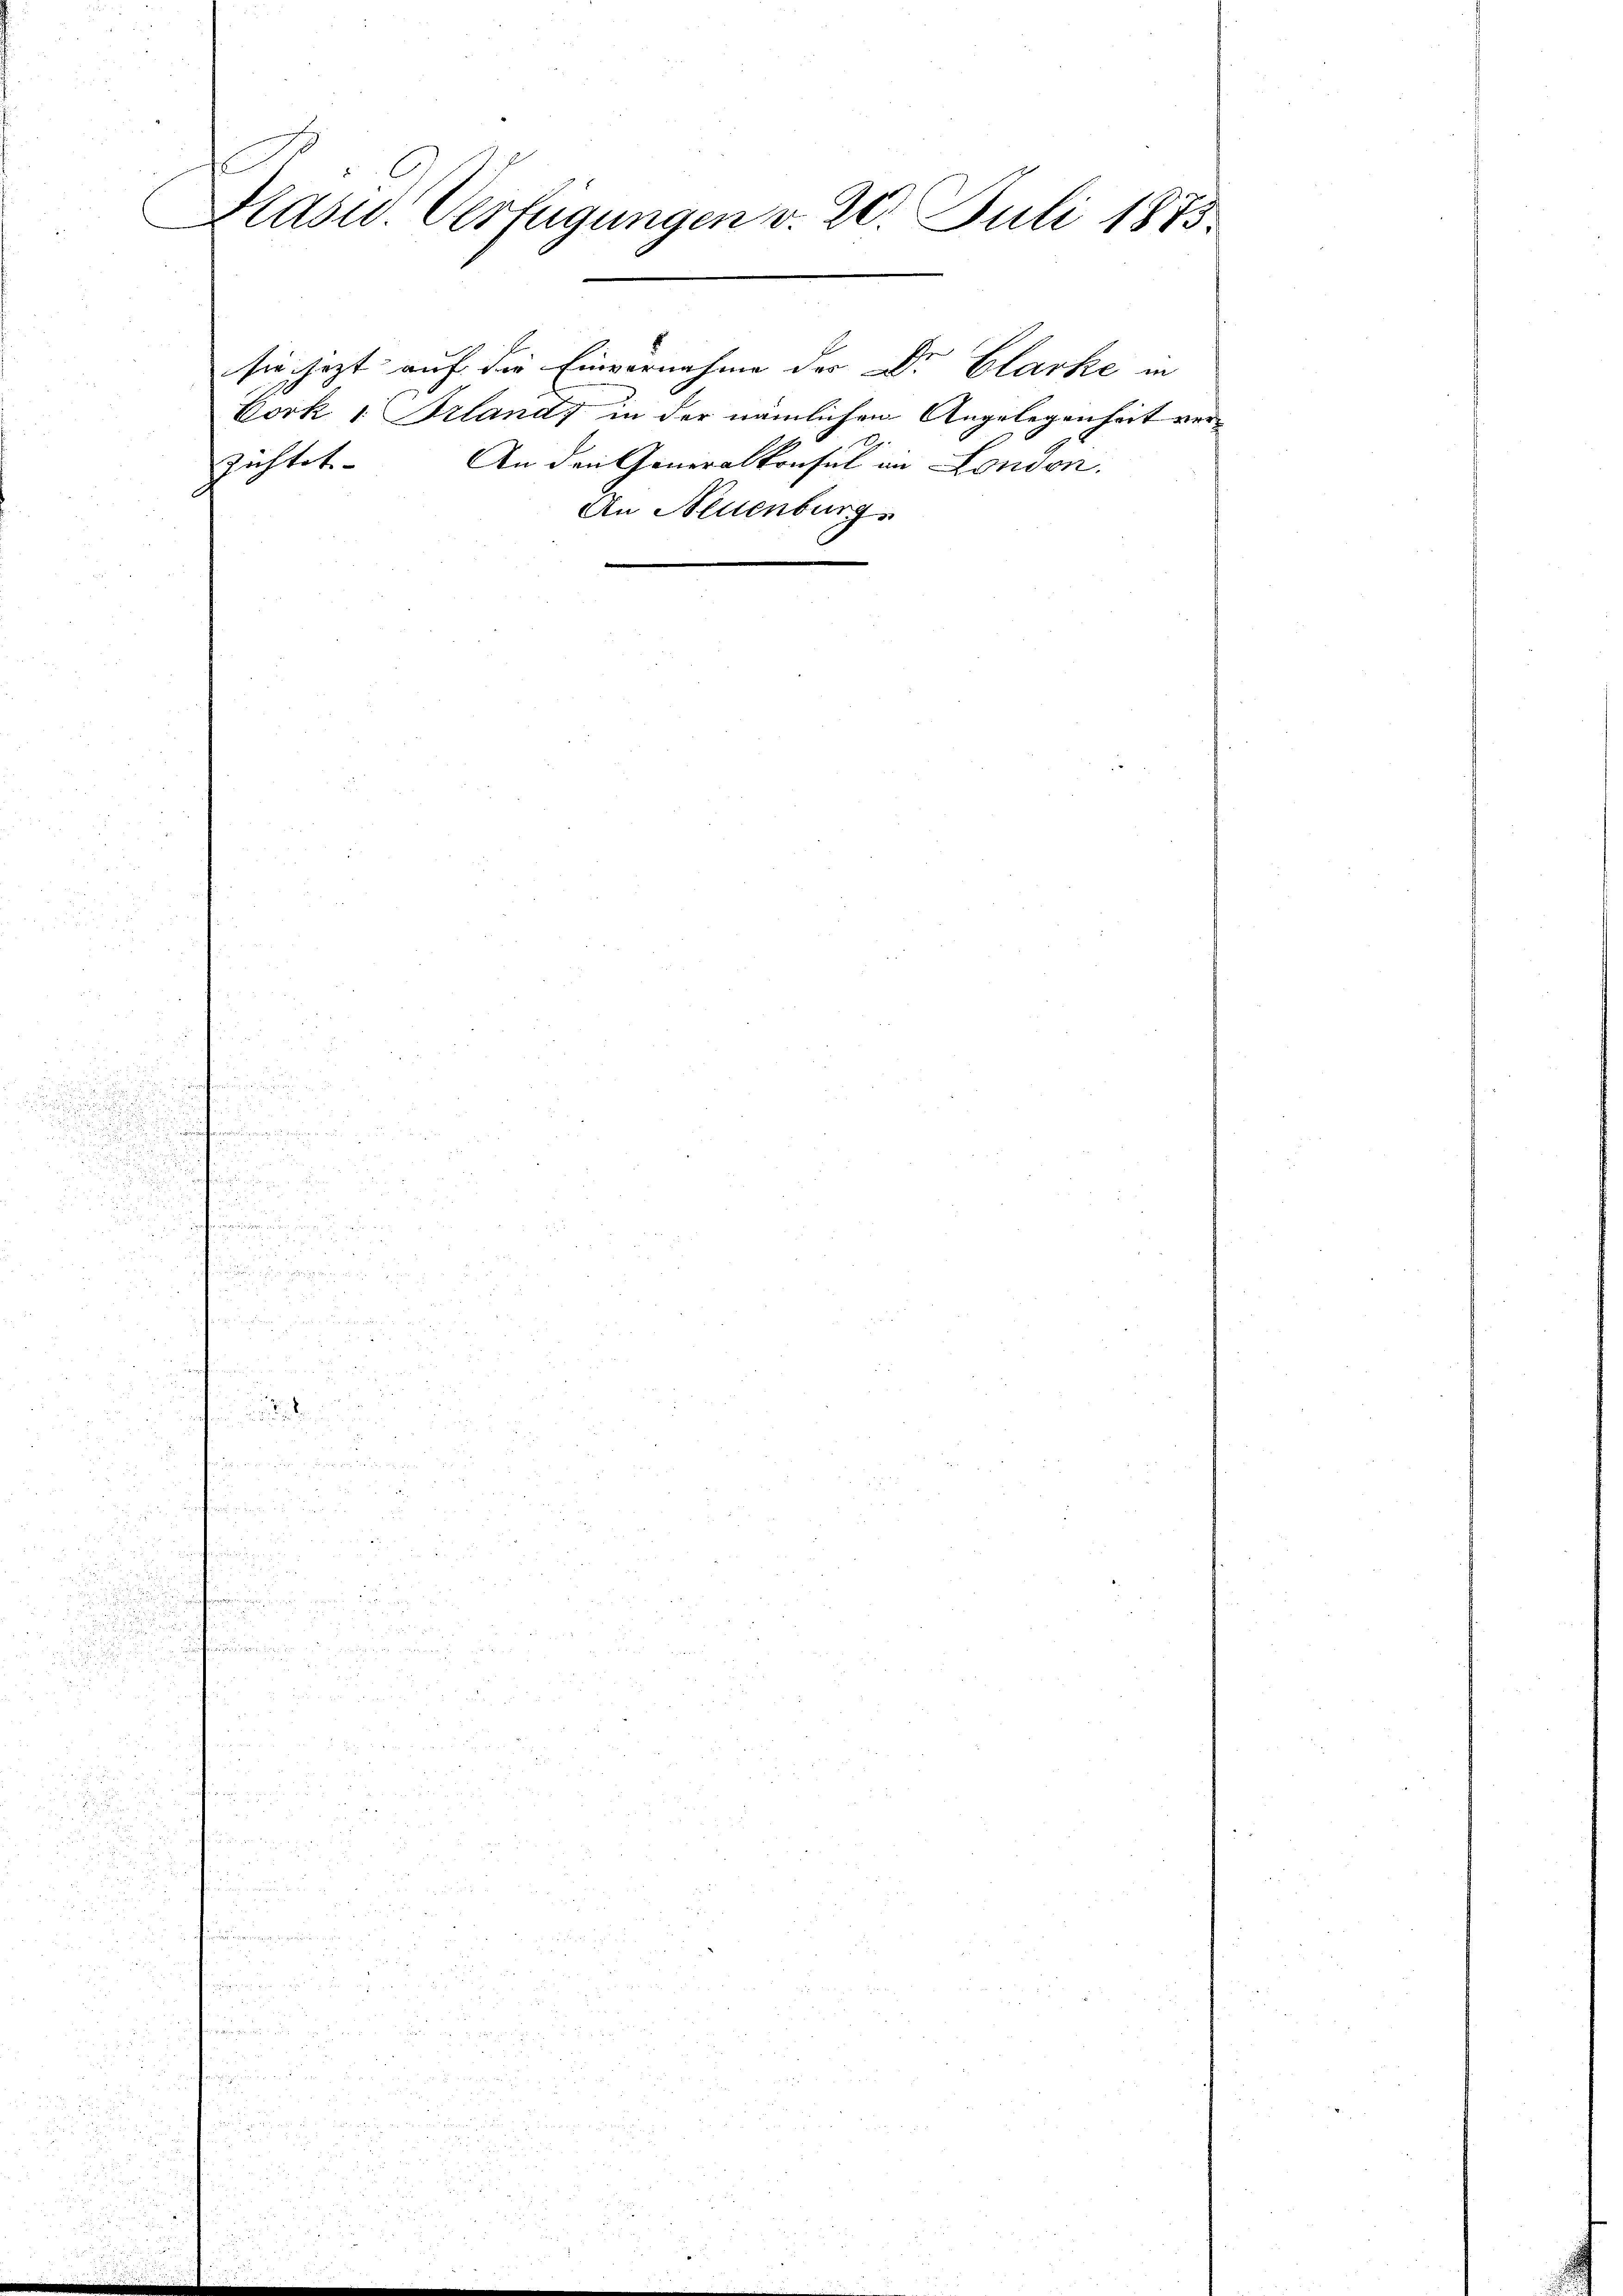
Blasid. Verfügungen v. 20. Juli 1875.

zichtet. An den Generalkonsul in London.

sie jezt auf die Einvernahme der Dr. Clarke in
Bork 1 Irlands in der nämlichen Angelegenheit ver¬
An Neuenburg